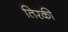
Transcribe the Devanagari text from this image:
तिरकी